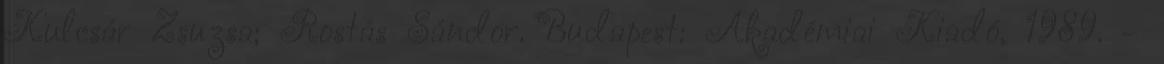
Kulcsár Zsuzsa; Rostás Sándor. Budapest: Akadémiai Kiadó, 1989. –